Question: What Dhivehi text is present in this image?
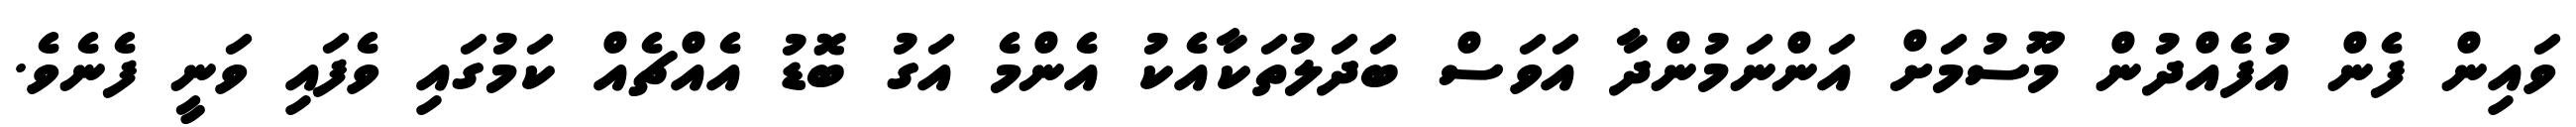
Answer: ވައިން ފެން އުފެއްދުން މޫސުމަށް އަންނަމުންދާ އަވަސް ބަދަލުތަކާއެކު އެންމެ އަގު ބޮޑު އެއްޗެއް ކަމުގައި ވެފައި ވަނީ ފެނެވެ.